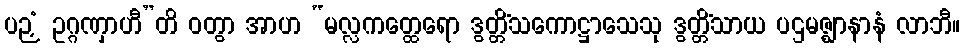
ပဉှံ ဥဂ္ဂဏှာဟီ”တိ ဝတွာ အာဟ “မလ္လကတ္ထေရော ဒွတ္တိံသကောဋ္ဌာသေသု ဒွတ္တိံသာယ ပဌမဇ္ဈာနာနံ လာဘီ။